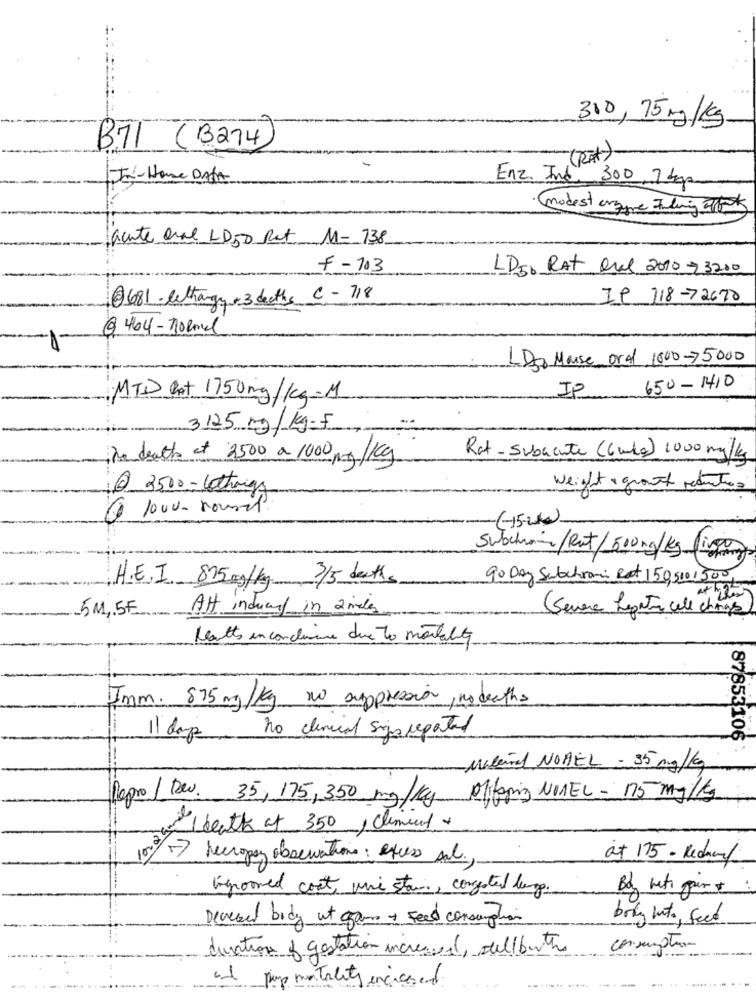
310, 75 mg/kg
BTT (B274
In- Home DATA
Enz. Ind. 300, 7 4og
modest erque Finding plats
Gente are LD50 Ret M- 138
F - 703
LD50 Rat Oral 2010 73200
0681 lethangy+ 3 deaths C-718
IP 718-72670
@ 464 - normal
LDso Mouse ord 1000-75000
650-1410
MTD Gat 1750mg/kg-M
IP
3125 mg/kg-f
De deaths et 2500 a 1000 mg/Kg
Rat - subacute (6 wks) 1000 mg/kg
@ 3500 - lethongs
weight , growth reduction
6 1000- round
Swaction/Rut/500mg/kg (ispog
90 Day Subchroni Rat 150,5001500
H.E.I 875 mg/kg. 3/5 death.
5M,5F
Att induart in 2 miles
Severa Lepanto cell change
Matts in conclusione due to mortality
Imm. 875 mg/kg no suppression, no deaths
no clinical sigs repated
11 days
87853106
Material NOBEL - 35 mg/kg
Repro/ Dev. 35, 175, 350 mg/kg Mitaring NonEL - 175 mg/kg
/ death of 350, climent
heeropay observations: excess ml .,
at 175 - Richard
Genommed cost, wie star, congested lunge.
Bdy rets faire
Decesed body ut gram + Feed consumption
bring Into, feed
duration of gestation increased, dell'butts
consumption
and pings mortality
Jen